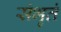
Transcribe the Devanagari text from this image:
संभृतं